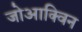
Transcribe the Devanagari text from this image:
जोआक्विन